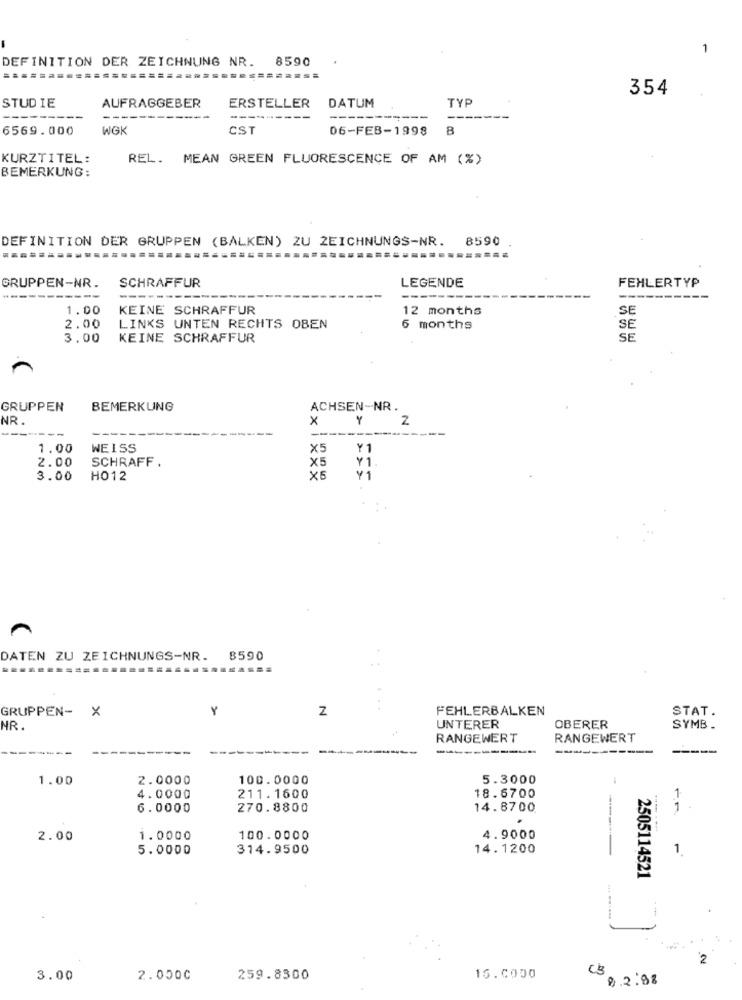
1
DEFINITION DER ZEICHNUNG NR. 8590
=====
STUDIE
AUFRAGGEBER
DATUM
TYP
354
ERSTELLER
-------
---
---
----------
----
-------
6569.000
WGK
CST
06-FEB-1998
B
KURZTITEL:
REL. MEAN GREEN FLUORESCENCE OF AM (%)
BEMERKUNG:
DEFINITION DER GRUPPEN (BALKEN) ZU ZEICHNUNGS-NR. 8590
.===
SCHRAFFUR
FEHLERTYP
GRUPPEN-NR.
LEGENDE
----------
-----
---
1.00
KEINE SCHRAFFUR
12 months
SE
2.00
LINKS UNTEN RECHTS OBEN
6 months
SE
3.00
KEINE SCHRAFFUR
SE
GRUPPEN
BEMERKUNG
ACHSEN-NR.
NR.
x
2
----
1.00
WEISS
×5
2.00
SCHRAFF.
X5
3.00
HO12
vi
DATEN ZU ZEICHNUNGS-NR.
8590
GRUPPEN- X
Z
FEHLERBALKEN
STAT.
NR.
UNTERER
OBERER
SYMB .
RANGEWERT
RANGEWERT
-----
1.00
2.0000
100.0000
5.3000
4.0000
211.1600
18.6700
6.0000
270.8800
14.8700
2.00
1.0000
100.0000
4.9000
5.0000
314.9500
14.1200
2505114521
C3
3.00
2.0000
259.8300
15.0000
02:88